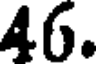
46.